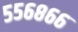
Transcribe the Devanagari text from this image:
५५६८६६